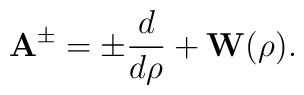
{\bf A}^{\pm}=\pm\frac{d}{d\rho}+{\bf W}(\rho).